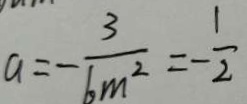
a = - \frac { 3 } { 6 m ^ { 2 } } = - \frac { 1 } { 2 }